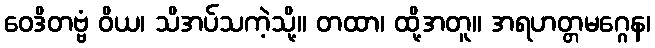
ဝေဒိတဗ္ဗံ ဝိယ၊ သိအပ်သကဲ့သို့။ တထာ၊ ထို့အတူ။ အရဟတ္တမဂ္ဂေန၊